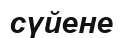
сүйене